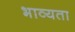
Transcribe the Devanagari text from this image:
भाव्‍यता